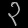
Digit: ၃